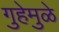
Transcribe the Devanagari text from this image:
गुहेमुळे